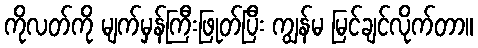
ကိုလတ်ကို မျက်မှန်ကြီးဖြုတ်ပြီး ကျွန်မ မြင်ချင်လိုက်တာ။